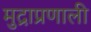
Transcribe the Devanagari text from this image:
मुद्राप्रणाली